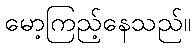
မော့ကြည့်နေသည်။